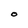
Character: O